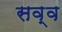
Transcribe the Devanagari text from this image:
सव्व